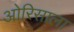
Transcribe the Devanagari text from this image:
ओरिसाला